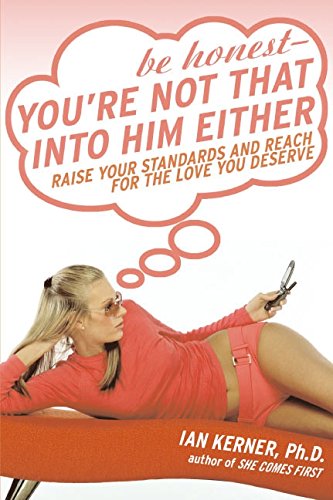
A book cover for Be Honest--You're Not That Into Him Either: Raise Your Standards and Reach for the Love You Deserve; Ian Kerner; Self-Help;